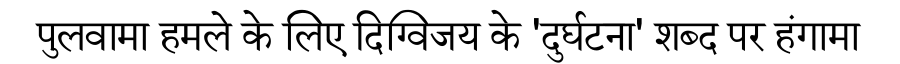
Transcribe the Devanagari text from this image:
पुलवामा हमले के लिए दिग्विजय के 'दुर्घटना' शब्द पर हंगामा